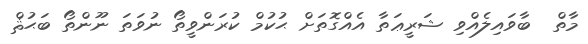
މާތް  ބާވައިލެއްވި ޝަރީޢަތާ އެއްގޮތަށް ޙުކުމް ކުރަންވީތޯ ނުވަތަ ނޫންތޯ ބަޙުޘް